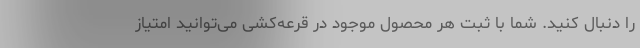
را دنبال کنید. شما با ثبت هر محصول موجود در قرعه‌کشی می‌توانید امتیاز